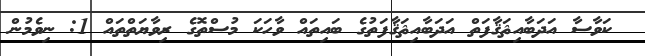
ކަވާސާ އަދަބާއިޘަޤާފަތް އަދަބާއިޘަޤާފަތުގެ ބައިތައް ވާހަކަ މުސްތޮގެ ރިވާޔަތްތައް 1: ނިވެމުން